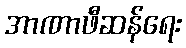
အာဏာဖီဆန်ရေး